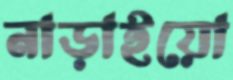
নাড়াইয়ো